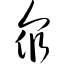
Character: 众